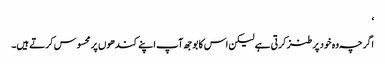
‘
اگرچہ وہ خود پر طنز کرتی ہے لیکن اس کا بوجھ آپ اپنے کندھوں پر محسوس کرتے ہیں۔